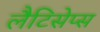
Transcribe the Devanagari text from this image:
लैटिसेप्स